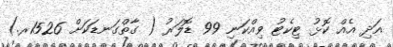
އަދި އެއް ކޮޅު ޓިކެޓު ވިއްކަނި 99 ޑޮލަރު ( ގާތްގަނޑަކަށް 1526ރ.)